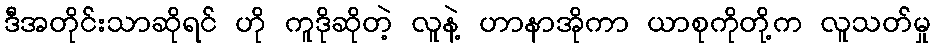
ဒီအတိုင်းသာဆိုရင် ဟို ကူဒိုဆိုတဲ့ လူနဲ့ ဟာနာအိုကာ ယာစုကိုတို့က လူသတ်မှု